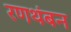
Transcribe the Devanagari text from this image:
रणथंबन